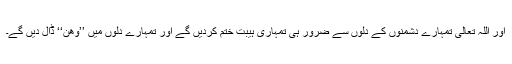
اور اللہ تعالیٰ تمہارے دشمنوں کے دلوں سے ضرور ہی تمہاری ہیبت ختم کردیں گے اور تمہارے دلوں میں ’’وھن‘‘ ڈال دیں گے۔